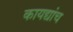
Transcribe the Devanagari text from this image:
कायद्यांच